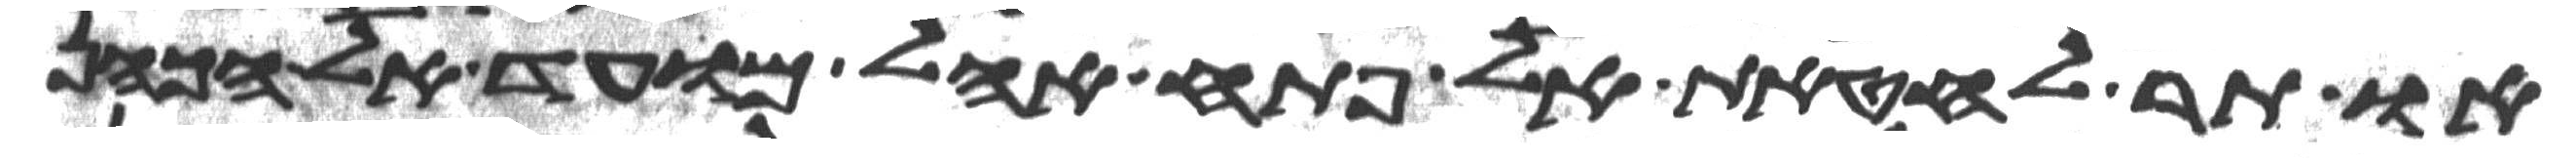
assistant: או תר לחטאת אל פתח אהל מועד אל הכהן